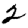
Digit: 2